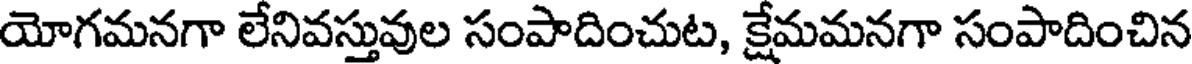
యోగమనగా లేనివస్తువుల సంపాదించుట, క్షేమమనగా సంపాదించిన